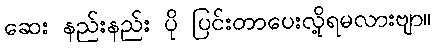
ဆေး နည်းနည်း ပို ပြင်းတာပေးလို့ရမလားဗျာ။